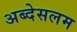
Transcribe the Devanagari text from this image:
अब्देसलम